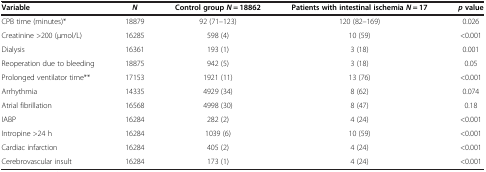
| Variable | N | Control group N = 18862 | Patients with intestinal ischemia N = 17 | p value |
 | --- | --- | --- | --- | --- |
 | CPB time (minutes)* | 18879 | 92 (71–123) | 120 (82–169) | 0.026 |
 | Creatinine >200 (μmol/L) | 16285 | 598 (4) | 10 (59) | <0.001 |
 | Dialysis | 16361 | 193 (1) | 3 (18) | 0.001 |
 | Reoperation due to bleeding | 18875 | 942 (5) | 3 (18) | 0.05 |
 | Prolonged ventilator time** | 17153 | 1921 (11) | 13 (76) | <0.001 |
 | Arrhythmia | 14335 | 4929 (34) | 8 (62) | 0.074 |
 | Atrial fibrillation | 16568 | 4998 (30) | 8 (47) | 0.18 |
 | IABP | 16284 | 282 (2) | 4 (24) | <0.001 |
 | Intropine >24 h | 16284 | 1039 (6) | 10 (59) | <0.001 |
 | Cardiac infarction | 16284 | 405 (2) | 4 (24) | <0.001 |
 | Cerebrovascular insult | 16284 | 173 (1) | 4 (24) | <0.001 |